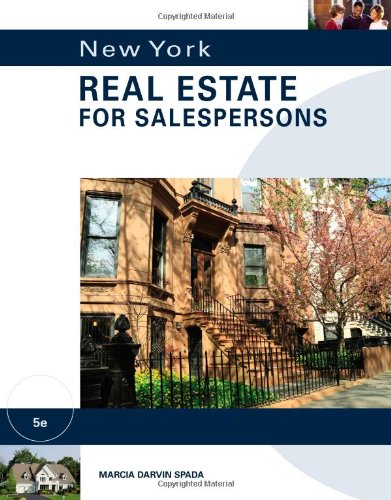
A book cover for New York Real Estate for Salespersons; Marcia Darvin Spada; Business & Money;